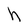
Character: h